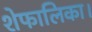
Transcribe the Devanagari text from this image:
शेफालिका।